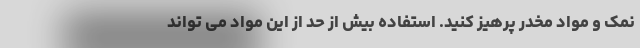
نمک و مواد مخدر پرهیز کنید. استفاده بیش از حد از این مواد می تواند